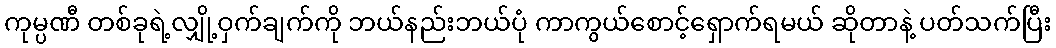
ကုမ္ပဏီ တစ်ခုရဲ့လျှို့ဝှက်ချက်ကို ဘယ်နည်းဘယ်ပုံ ကာကွယ်စောင့်ရှောက်ရမယ် ဆိုတာနဲ့ ပတ်သက်ပြီး